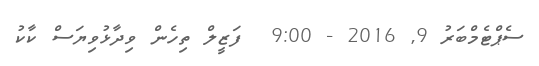
ސެޕްޓެމްބަރު 9